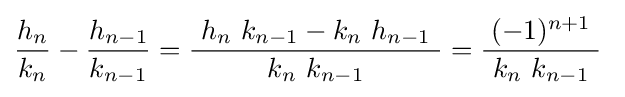
{\frac {h_{n}}{k_{n}}}-{\frac {h_{n-1}}{k_{n-1}}}={\frac {\ h_{n}\ k_{n-1}-k_{n}\ h_{n-1}\ }{\ k_{n}\ k_{n-1}\ }}={\frac {(-1)^{n+1}}{\ k_{n}\ k_{n-1}\ }}~